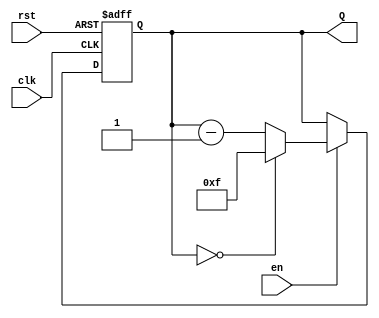
module binary_down_counter (
    input wire clk,        // Clock input
    input wire rst,        // Asynchronous reset (active high)
    input wire en,         // Enable signal
    output reg [3:0] Q     // 4-bit counter output
);

    // Maximum count value for a 4-bit counter
    localparam MAX_COUNT = 4'b1111; // 15 in decimal

    // Always block for synchronous logic
    always @(posedge clk or posedge rst) begin
        if (rst) begin
            Q <= MAX_COUNT; // Reset to maximum value
        end else if (en) begin
            if (Q == 4'b0000) begin
                Q <= MAX_COUNT; // Wrap around to maximum value
            end else begin
                Q <= Q - 1; // Decrement the counter
            end
        end
    end

endmodule